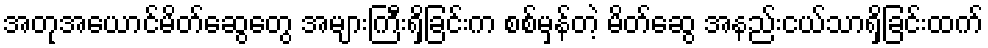
အတုအယောင်မိတ်ဆွေတွေ အများကြီးရှိခြင်းက စစ်မှန်တဲ့ မိတ်ဆွေ အနည်းငယ်သာရှိခြင်းထက်